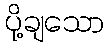
ပို့ချသော